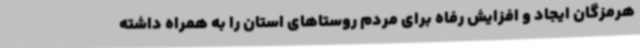
هرمزگان ایجاد و افزایش رفاه برای مردم روستاهای استان را به همراه داشته